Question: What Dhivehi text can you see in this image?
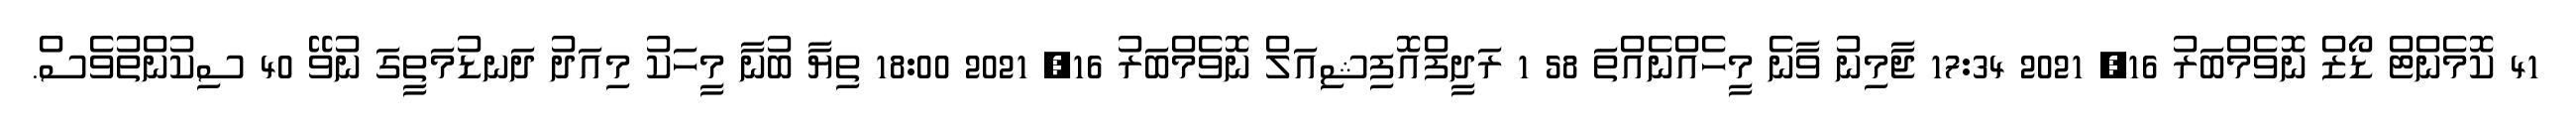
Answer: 41 ކޮމެންޓް ޑޯޒް ނޮވެމްބަރު 16, 2021 17:34 ޖާމިނު ވާނެ މީހެއްނެއްތަ 58 1 ރަދީފްއޮފިޝިއަލް ނޮވެމްބަރު 16, 2021 18:00 ތިޔާ ބުނާ މީހަކު މިއަދު ދަނޑުމަތީގަ ނުވޭ 40 ސިކުންތުވެސް.